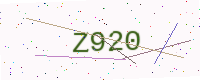
Text: Z920